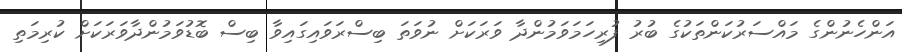
އަންހެނުންގެ މައްސަރުކަންތަކުގެ ބުރު ފުރިހަމަވަމުންދާ ވަރަކަށް ނުވަތަ ބިސްރަވައިގައިވާ ބިސް ބޮޑުވަމުންދާވަރަކަށް ކުރިމަތި